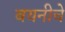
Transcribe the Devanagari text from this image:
बयनीचे